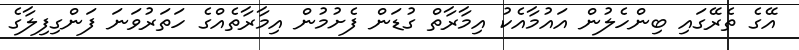
އޭގެ ތެރޭގައި ބިންހެލުން އައުމާއެކު އިމާރާތް ގުޑަން ފެށުމުން އިމާރާތެއްގެ ހަތަރުވަނަ ފަންގިފިލާގެ